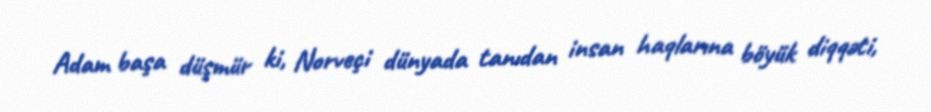
Adam başa düşmür ki, Norveçi dünyada tanıdan insan haqlarına böyük diqqəti,